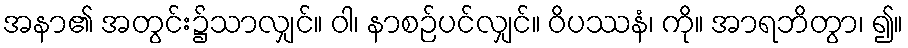
အနာ၏ အတွင်း၌သာလျှင်။ ဝါ၊ နာစဉ်ပင်လျှင်။ ဝိပဿနံ၊ ကို။ အာရဘိတွာ၊ ၍။